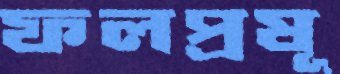
ফলপ্রষূ